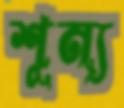
শূন্য